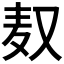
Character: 𮮃